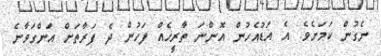
ނެގުން ކަމަށެވެ. އެ އަޑުއެހުން އޮންނަ ތާރީޚެއް ފަހުން ދެ ފަރާތަށް އަންގަވާނެ